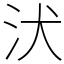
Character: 汱